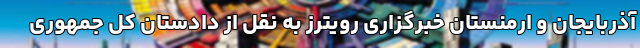
آذربایجان و ارمنستان خبرگزاری رویترز به نقل از دادستان کل جمهوری